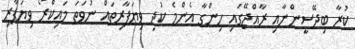
ކުރާ ބިދޭސީންނާއި ރާއްޖޭގައި ހިންގާ އެންމެ ކުދި ވިޔަފާރިތައް ނުވަތަ މައިކްރޯ ވިޔަފާރި